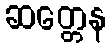
ဆတ္တေန